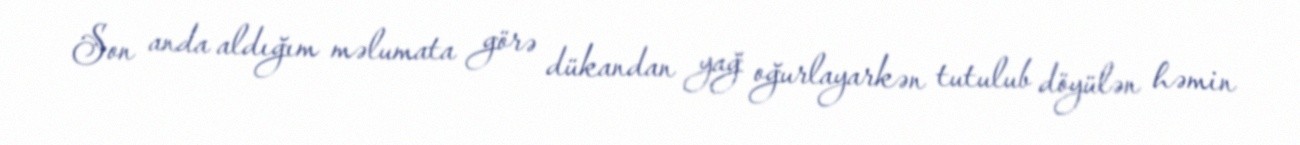
Son anda aldığım məlumata görə dükandan yağ oğurlayarkən tutulub döyülən həmin